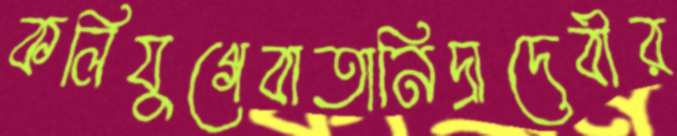
কলিযুগেবাতানিদ্রাদেবীর